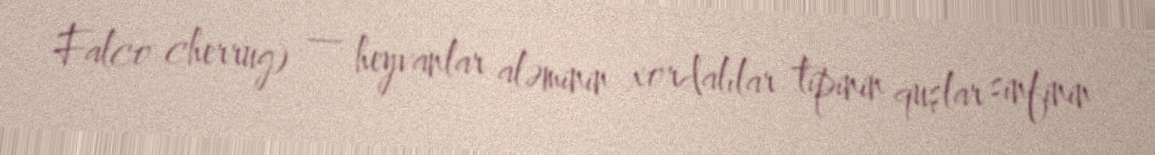
Falco cherrug) — heyvanlar aləminin xordalılar tipinin quşlar sinfinin